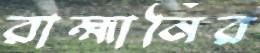
রাহ্মানির